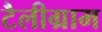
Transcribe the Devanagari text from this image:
टैलीग्राम